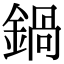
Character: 鍋